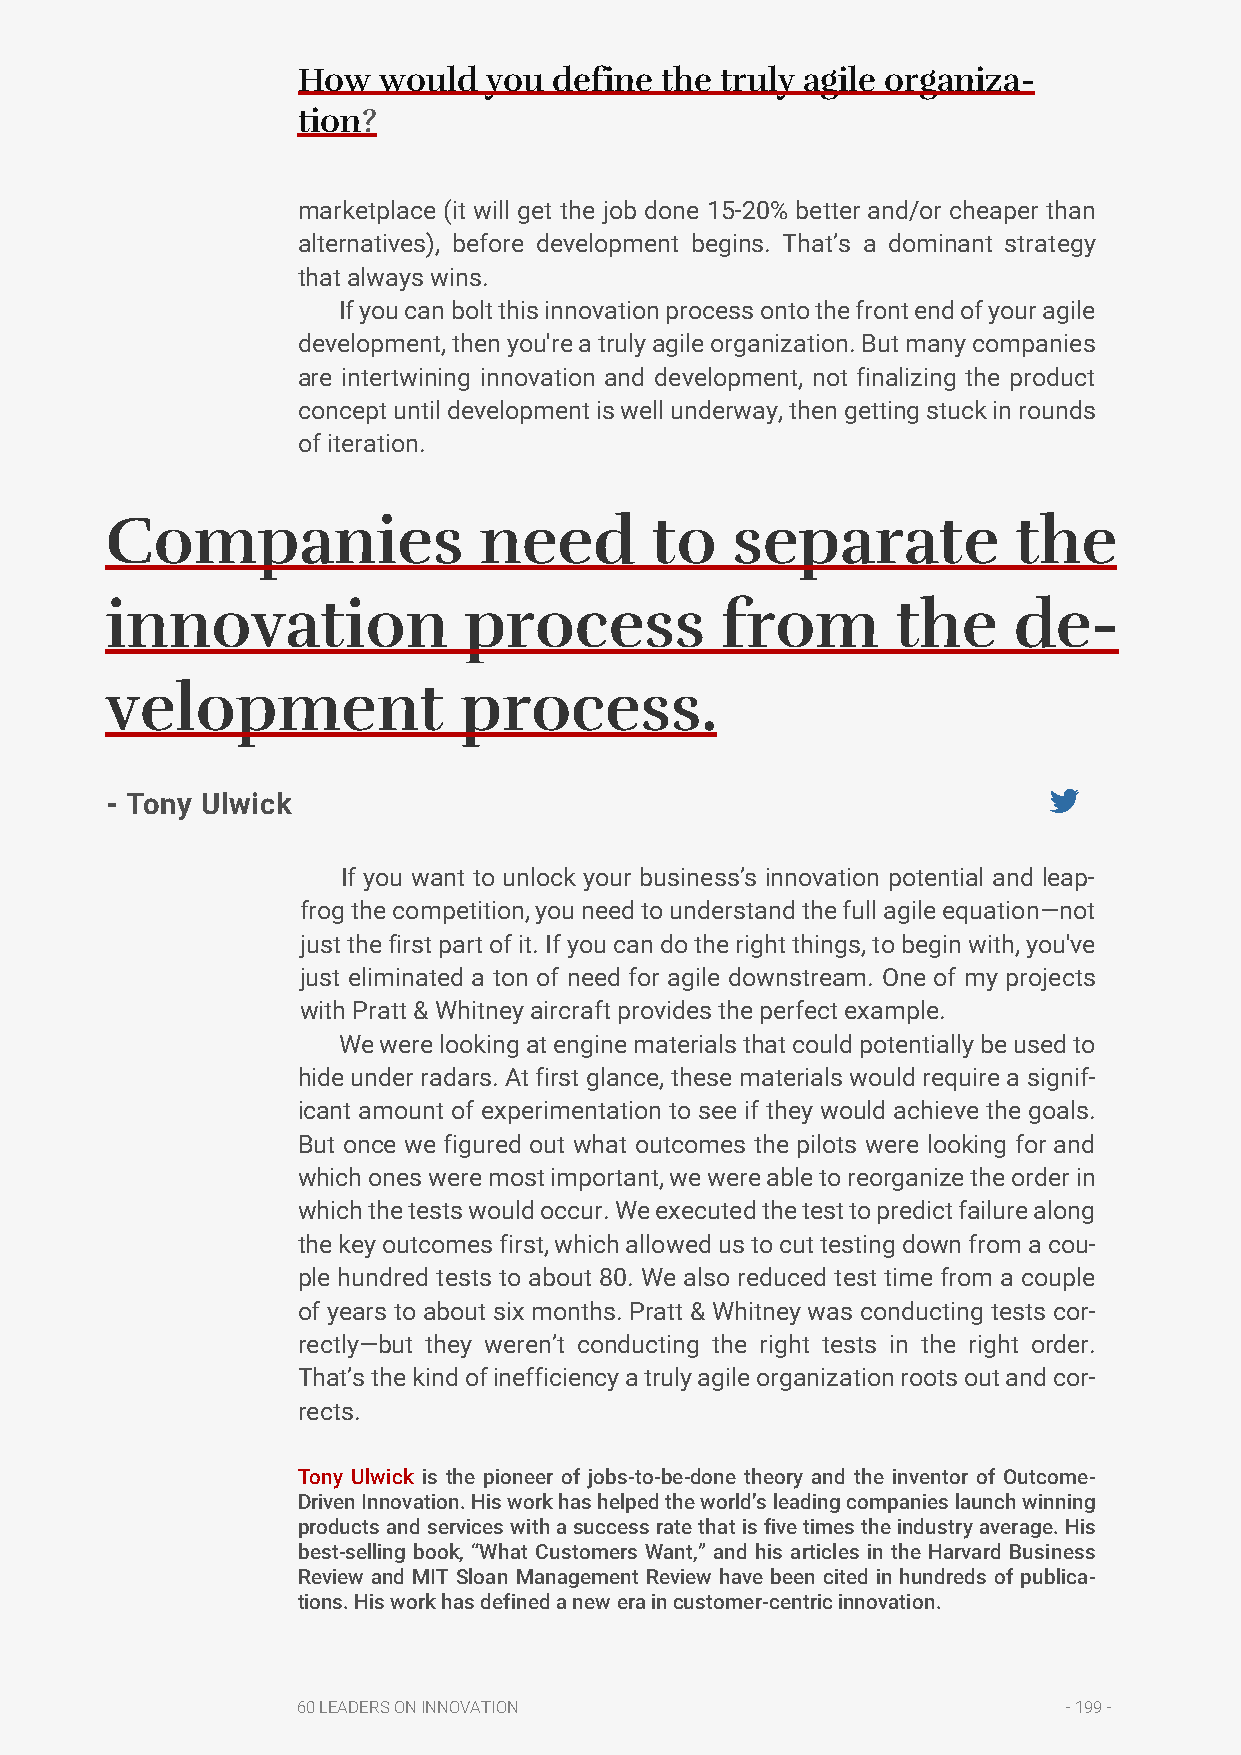
How  would  you  define the truly agile organiza-
 tion?
 marketplace (it will get the job done 15-20% better and/or cheaper than
 alternatives), before development begins. That’s a dominant strategy
 that always wins.
 If you can bolt this innovation process onto the front end of your agile
 development, then you're a truly agile organization. But many companies
 are intertwining innovation and development, not finalizing the product
 concept until development is well underway, then getting stuck in rounds
 of iteration.
 Companies                need       to   separate           the
 innovation              process          from       the     de-
 velopment              process.
 - Tony Ulwick
 If you want to unlock your business’s innovation potential and leap-
 frog the competition, you need to understand the full agile equation—not
 just the first part of it. If you can do the right things, to begin with, you've
 just eliminated a ton of need for agile downstream. One of my projects
 with Pratt & Whitney aircraft provides the perfect example.
 We were looking at engine materials that could potentially be used to
 hide under radars. At first glance, these materials would require a signif-
 icant amount of experimentation to see if they would achieve the goals.
 But once we figured out what outcomes the pilots were looking for and
 which ones were most important, we were able to reorganize the order in
 which the tests would occur. We executed the test to predict failure along
 the key outcomes first, which allowed us to cut testing down from a cou-
 ple hundred tests to about 80. We also reduced test time from a couple
 of years to about six months. Pratt & Whitney was conducting tests cor-
 rectly—but they weren’t conducting the right tests in the right order.
 That’s the kind of inefficiency a truly agile organization roots out and cor-
 rects.
 Tony Ulwick is the pioneer of jobs-to-be-done theory and the inventor of Outcome-
 Driven Innovation. His work has helped the world’s leading companies launch winning
 products and services with a success rate that is five times the industry average. His
 best-selling book, “What Customers Want,” and his articles in the Harvard Business
 Review and MIT Sloan Management Review have been cited in hundreds of publica-
 tions. His work has defined a new era in customer-centric innovation.
 60 LEADERS ON INNOVATION                           - 199 -